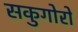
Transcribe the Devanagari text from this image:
सकुगोरो